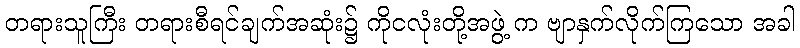
တရားသူကြီး တရားစီရင်ချက်အဆုံး၌ ကိုငလုံးတို့အဖွဲ့ က ဗျာနှက်လိုက်ကြသော အခါ